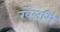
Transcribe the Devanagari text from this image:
खेलसि